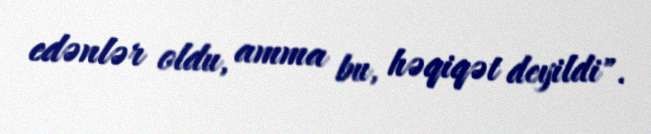
edənlər oldu, amma bu, həqiqət deyildi".